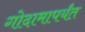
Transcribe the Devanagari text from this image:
गोदामापर्यंत